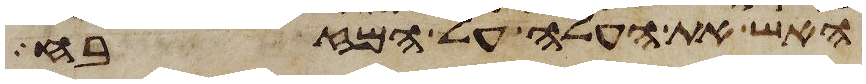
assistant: האש את העלה על המזבח